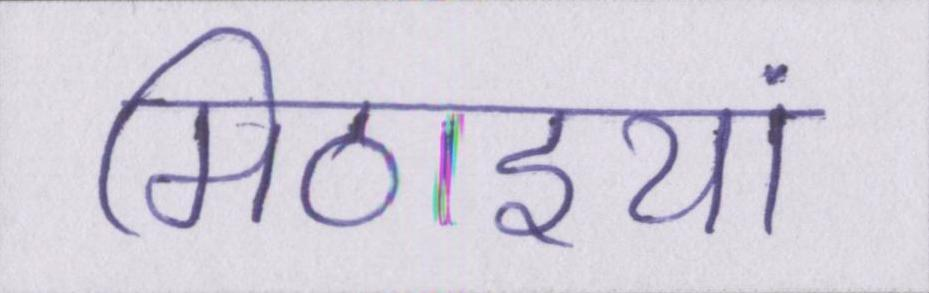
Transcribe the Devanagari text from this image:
मिठाइयां